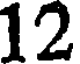
12